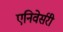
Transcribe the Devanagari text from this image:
एनिवेर्सरी